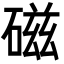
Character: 磁